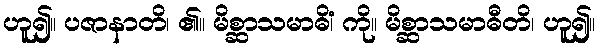
ဟူ၍။ ပဇာနာတိ၊ ၏။ မိစ္ဆာသမာဓိံ၊ ကို။ မိစ္ဆာသမာဓီတိ၊ ဟူ၍။